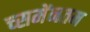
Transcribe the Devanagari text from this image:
च्समेंनतम